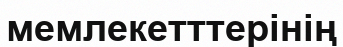
мемлекетттерінің